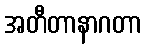
အတီတာနာဂတာ